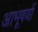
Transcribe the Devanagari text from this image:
आभूषणों